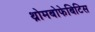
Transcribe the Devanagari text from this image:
थ्रोमबोफेबिटिस